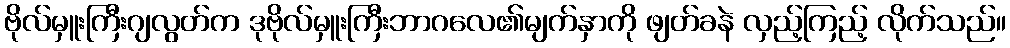
ဗိုလ်မှူးကြီးဂျလွတ်က ဒုဗိုလ်မှူးကြီးဘာဂလေ၏မျက်နှာကို ဖျတ်ခနဲ လှည့်ကြည့် လိုက်သည်။